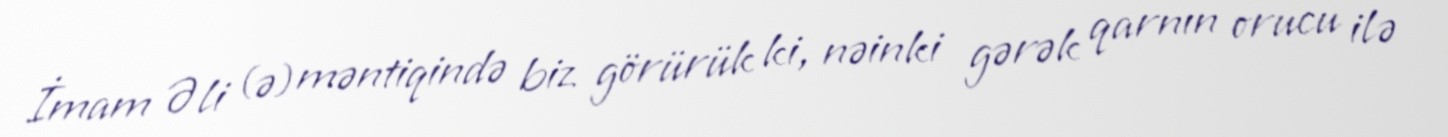
İmam Əli (ə) məntiqində biz görürük ki, nəinki gərək qarnın orucu ilə